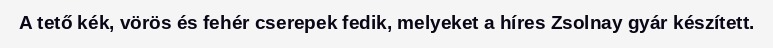
A tető kék, vörös és fehér cserepek fedik, melyeket a híres Zsolnay gyár készített.